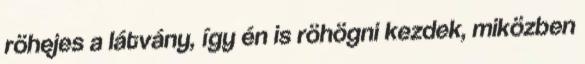
röhejes a látvány, így én is röhögni kezdek, miközben